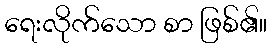
ရေးလိုက်သော စာ ဖြစ်၏။